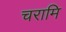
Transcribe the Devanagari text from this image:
चरामि